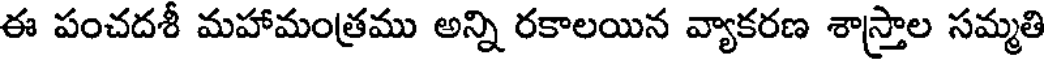
ఈ పంచదశీ మహామంత్రము అన్ని రకాలయిన వ్యాకరణ శాస్త్రాల సమ్మతి